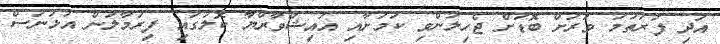
އަދި ފުރަތަމަ ވަރަށް ބޮޑަށް ޖެހިލުންވި ކަމަށާއި އައިޝްވާރްޔާ ކޮލުގައި ފިރުމާލަން އުޅުނަސް